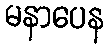
မနာပေန